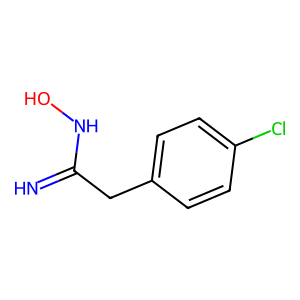
SMILES: N=C(Cc1ccc(Cl)cc1)NO
Inhibits HIV replication: No